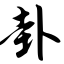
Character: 卦